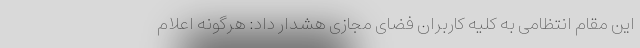
این مقام انتظامی به کلیه کاربران فضای مجازی هشدار داد: هرگونه اعلام